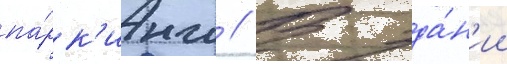
па́рк'инг // В зда́н'ии